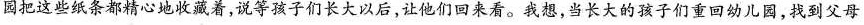
园把这些纸条都精心地枚藏着，说等孩子们长大以后，让他们回来看。我想，当长大的孩子们重回幼儿园，找到父母